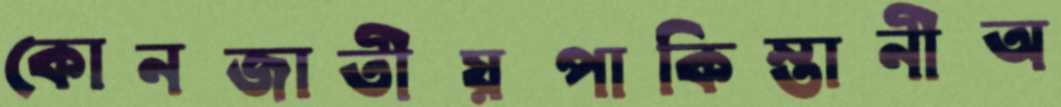
কোনজাতীয়পাকিস্তানীঅ